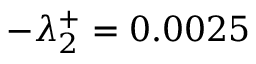
- \lambda _ { 2 } ^ { + } = 0 . 0 0 2 5